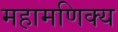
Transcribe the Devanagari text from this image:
महामणिक्य